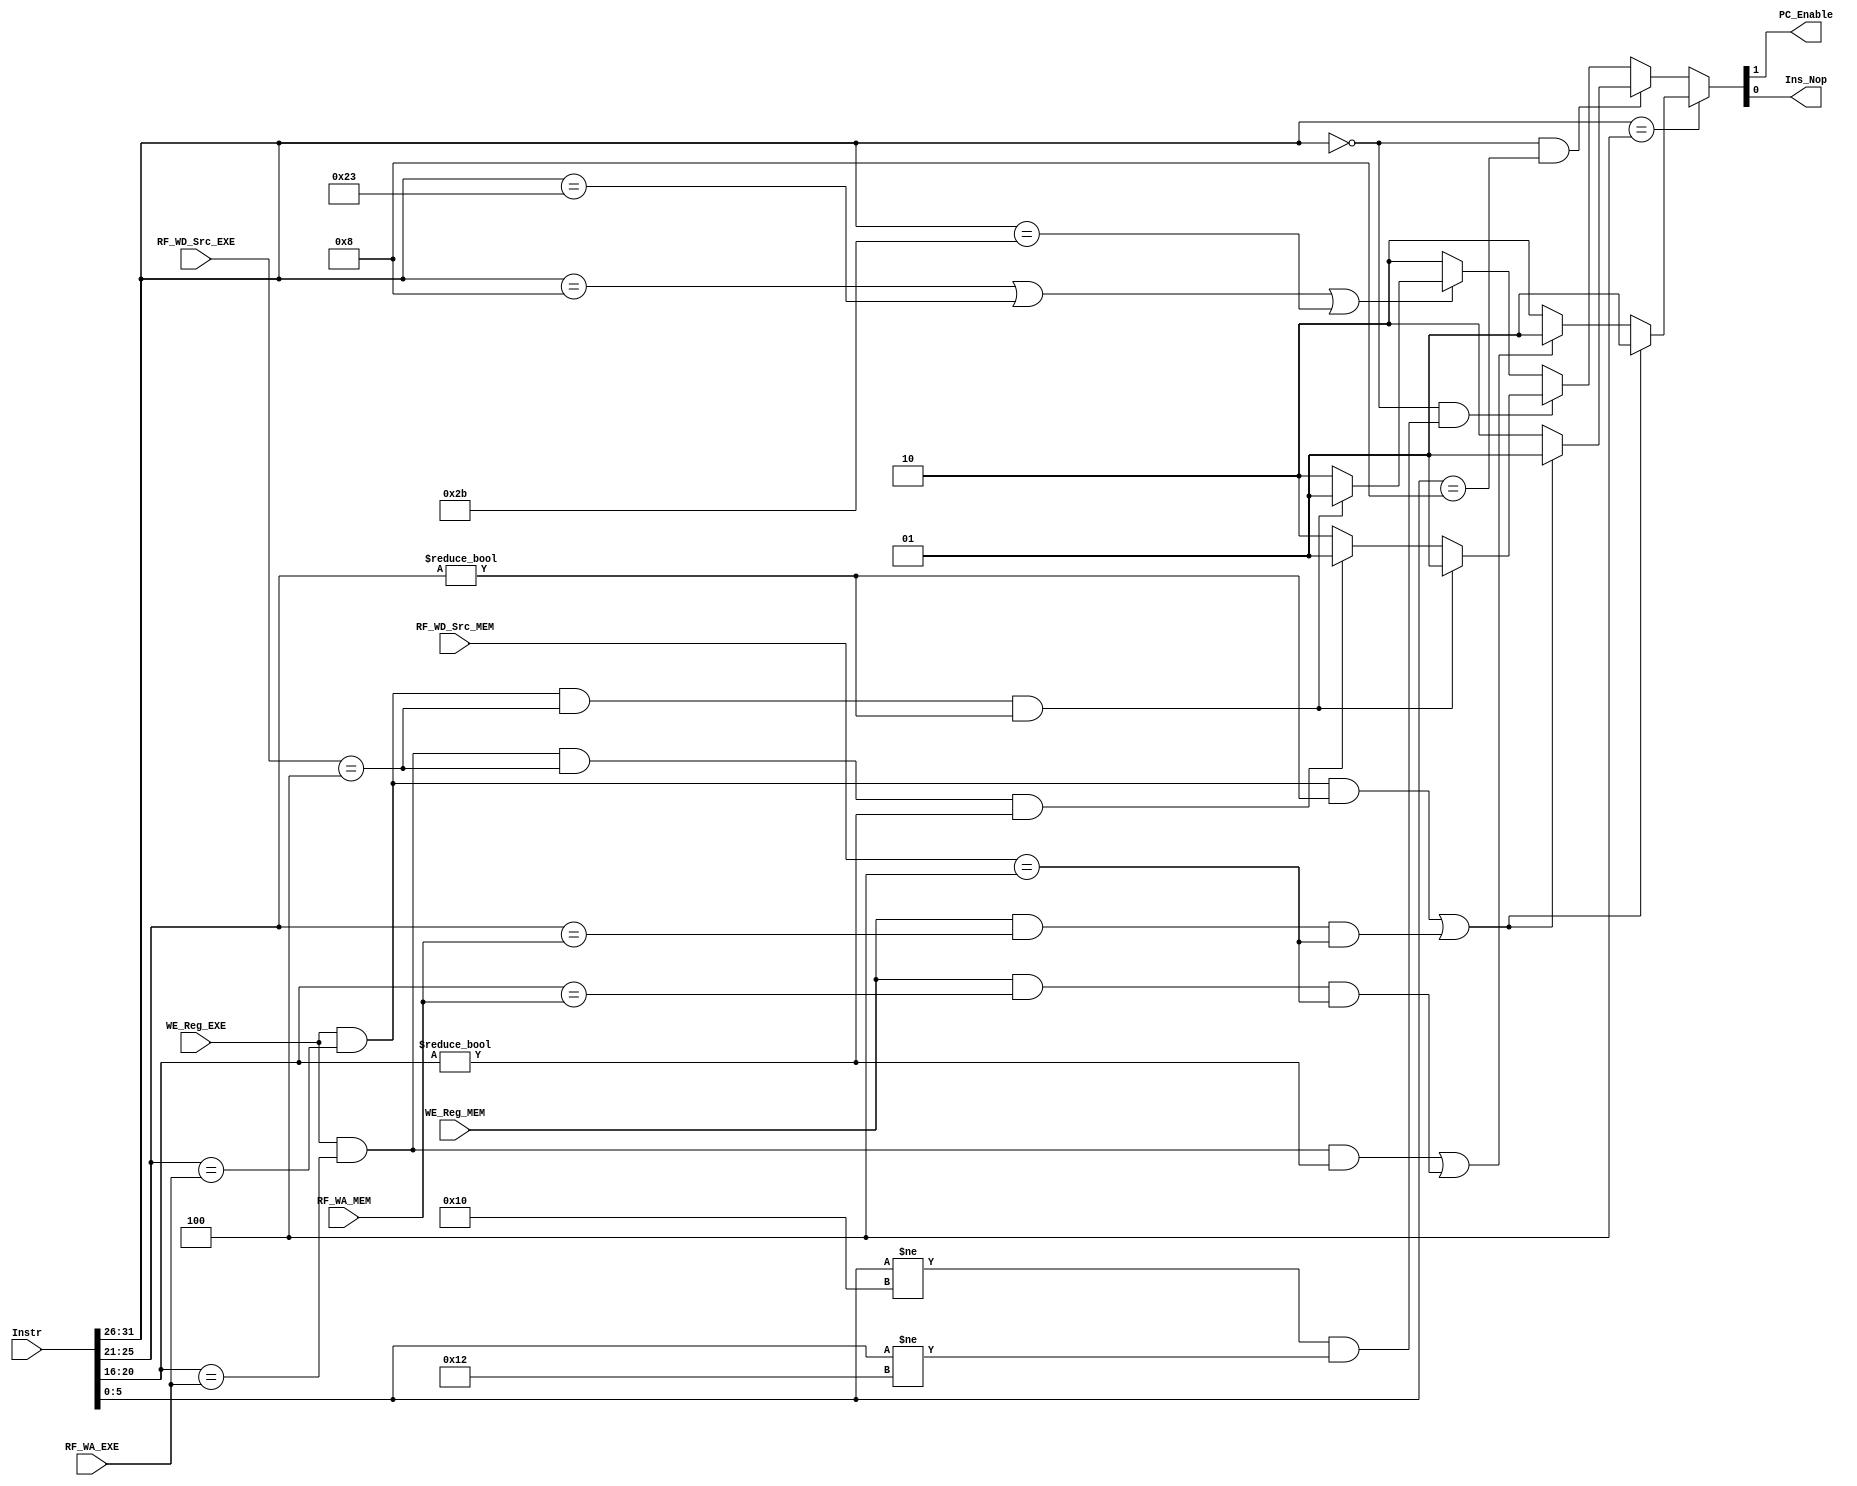
module Hazard_Unit(
        input wire  [31:0]  Instr,
        input wire  [4:0]   RF_WA_EXE,
        input wire  [2:0]   RF_WD_Src_EXE,
        input wire          WE_Reg_EXE,
        input wire  [4:0]   RF_WA_MEM,
        input wire  [2:0]   RF_WD_Src_MEM,
        input wire          WE_Reg_MEM,
        output wire         PC_Enable,
        output wire         Ins_Nop
    );
    
    reg [1:0] OutSignals;
    assign {PC_Enable,Ins_Nop} = OutSignals;
    
    always @ (*) begin
        //BEQ Hazard (I) (Checking equility on register that is still being modified)
        if(Instr[31:26] == 6'b00_0100) begin
            //Check R1
            if( (WE_Reg_EXE && Instr[25:21] == RF_WA_EXE && Instr[25:21] != 0) || (WE_Reg_MEM && Instr[25:21] == RF_WA_MEM && RF_WD_Src_MEM == 3'b100) ) OutSignals = 2'b01;
            
            //Check R2
            else if( (WE_Reg_EXE && Instr[20:16] == RF_WA_EXE && Instr[20:16] != 0) || (WE_Reg_MEM && Instr[20:16] == RF_WA_MEM && RF_WD_Src_MEM == 3'b100) ) OutSignals = 2'b01;
            
            //No Hazard
            else OutSignals = 2'b10;
        end
            
        //JR Hazard (R) (Jumping to a register that is still being modified)
        else if(Instr[31:26] == 6'b00_0000 && Instr[5:0] == 6'b00_1000) begin
            //Check R1
            if( (WE_Reg_EXE && Instr[25:21] == RF_WA_EXE && Instr[25:21] != 0) || (WE_Reg_MEM && Instr[25:21] == RF_WA_MEM && RF_WD_Src_MEM == 3'b100) ) OutSignals = 2'b01;
            
            else OutSignals = 2'b10;
        end
        
        //Other/Use-After-Load Hazard
        else begin
            //R-Type, Check 2 registers. Omit Mflo and Mfhi since they don't rely on source registers
            if(Instr[31:26] == 6'b00_0000 && (Instr[5:0]!= 6'b01_0000 && Instr[5:0]!= 6'b01_0010)) begin
                //Check R1
                if( (WE_Reg_EXE && Instr[25:21] == RF_WA_EXE && RF_WD_Src_EXE == 3'b100 && Instr[25:21] != 0) ) OutSignals = 2'b01;
                
                //Check R2
                else if( (WE_Reg_EXE && Instr[20:16] == RF_WA_EXE && RF_WD_Src_EXE == 3'b100 && Instr[20:16] != 0) ) OutSignals = 2'b01;
                
                //No Hazard
                else OutSignals = 2'b10;
            end
            
            //I-Type, Check 1 register
            else if(Instr[31:26] == 6'b00_1000 || Instr[31:26] == 6'b10_0011 || Instr[31:26] == 6'b10_1011) begin
                if( (WE_Reg_EXE && Instr[25:21] == RF_WA_EXE && RF_WD_Src_EXE == 3'b100 && Instr[25:21] != 0) ) OutSignals = 2'b01;
                else OutSignals = 2'b10;
            end
            
            //J-Type, doesn't rely on source registers
            else OutSignals = 2'b10;
        end
    end
    
endmodule